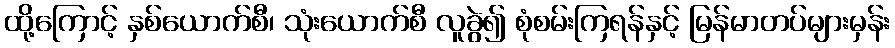
ထို့ကြောင့် နှစ်ယောက်စီ၊ သုံးယောက်စီ လူခွဲ၍ စုံစမ်းကြရန်နှင့် မြန်မာတပ်များမှန်း